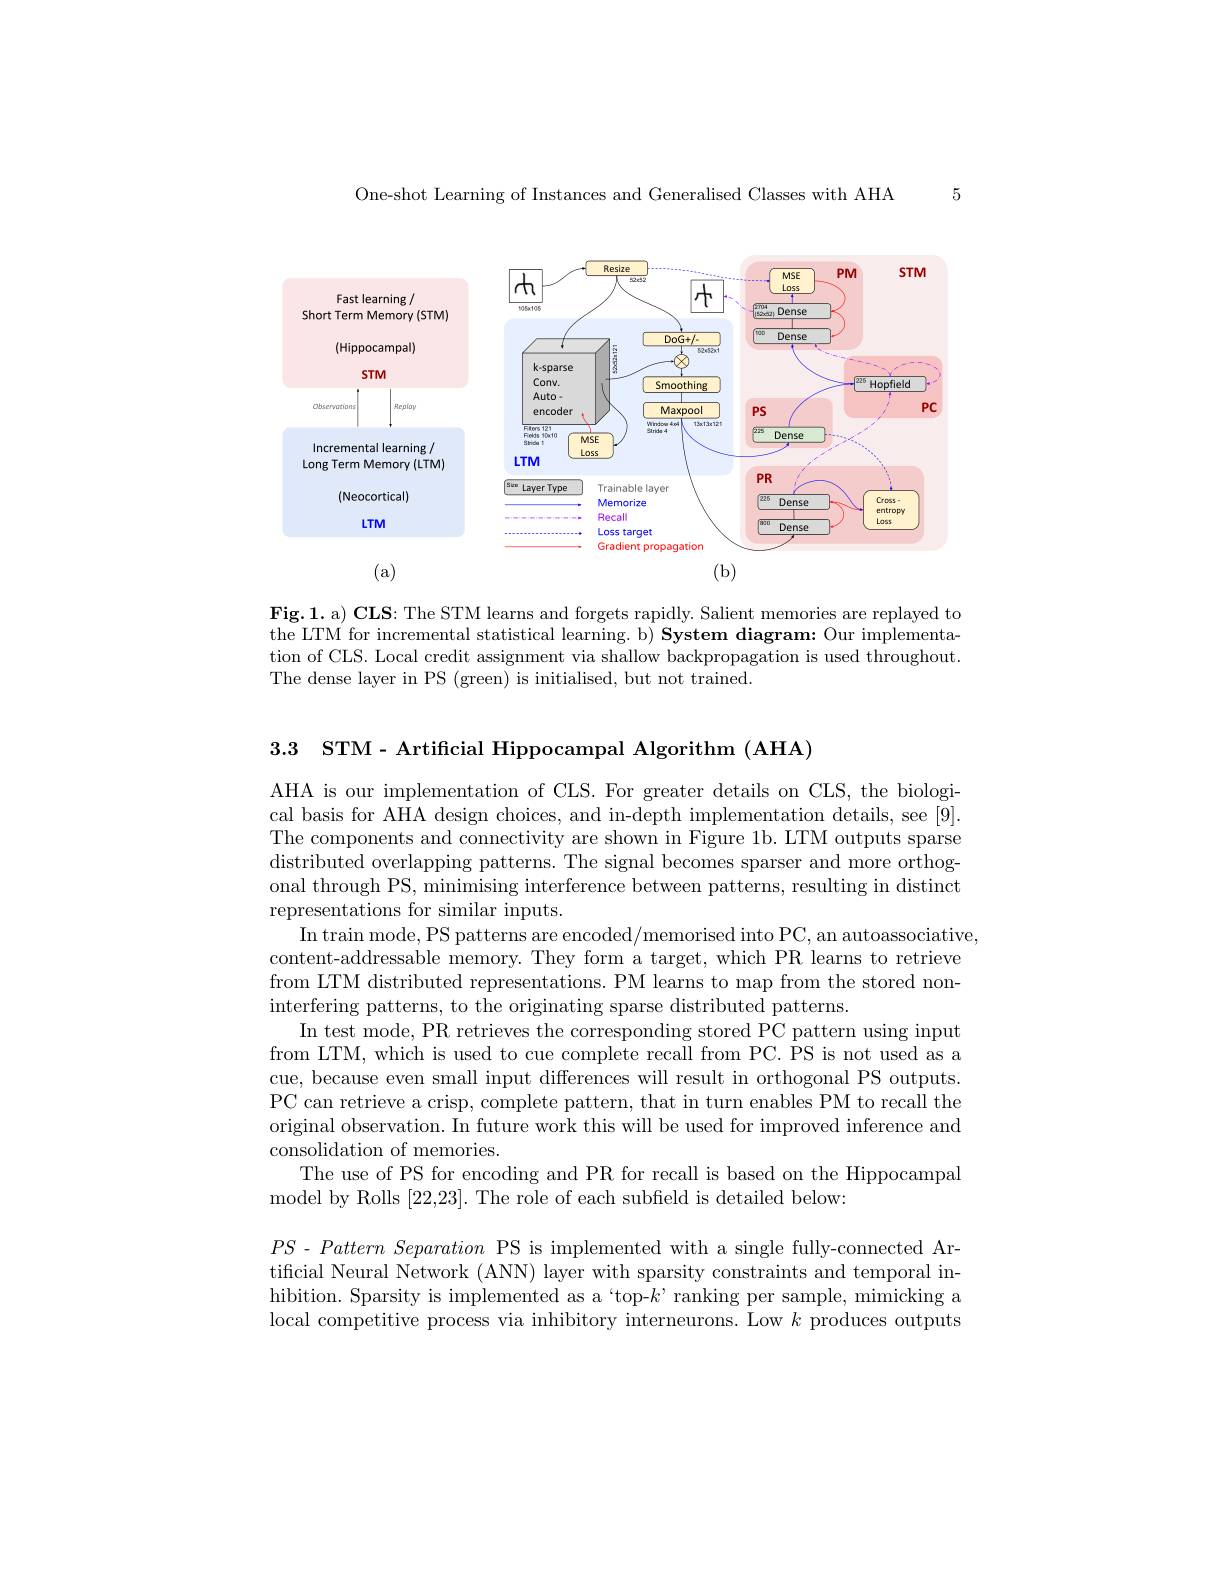
One-shot Learning of Instances and Generalised Classes with AHA

5

<FigureHere>

(a)
(b)

Fig.1.a) CLS: The STM learns and forgets rapidly. Salient memories are replayed to the LTM for incremental statistical learning. b) System diagram: Our implementation of CLS. Local credit assignment via shallow backpropagation is used throughout. The dense layer in PS (green) is initialised, but not trained.

3.3 STM- Artificial Hippocampal Algorithm (AHA)

AHA is our implementation of CLS. For greater details on CLS, the biological basis for AHA design choices, and in-depth implementation details, see [9] The components and connectivity are shown in Figure 1b. LTM outputs sparse distributed overlapping patterns. The signal becomes sparser and more orthogonal through PS, minimising interference between patterns, resulting in distinct representations for similar inputs.
In train mode, PS patterns are encoded/memorised into PC, an autoassociative, content-addressable memory. They form a target, which PR learns to retrieve from LTM distributed representations. PM learns to map from the stored noninterfering patterns, to the originating sparse distributed patterns.
In test mode, PR retrieves the corresponding stored PC pattern using input from LTM, which is used to cue complete recall from PC. PS is not used as a cue, because even small input differences will result in orthogonal PS outputs PC can retrieve a crisp, complete pattern, that in turn enables PM to recall the original observation. In future work this will be used for improved inference and consolidation of memories.
The use of PS for encoding and PR for recall is based on the Hippocampal
model by Rolls [22,23]. The role of each subfield is detailed below:
$PS$ - $Pattern\textit{ Separation PS is implemented with a single fully- connected Ar- }$ tiffcial Neural Network (ANN) layer with sparsity constraints and temporal in-

hibition. Sparsity is implemented as a “top-$k’$ranking per sample, mimicking a local competitive process via inhibitory interneurons. Low $k$ produces outputs